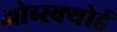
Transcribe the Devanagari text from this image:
ओब्स्क्योर्ड